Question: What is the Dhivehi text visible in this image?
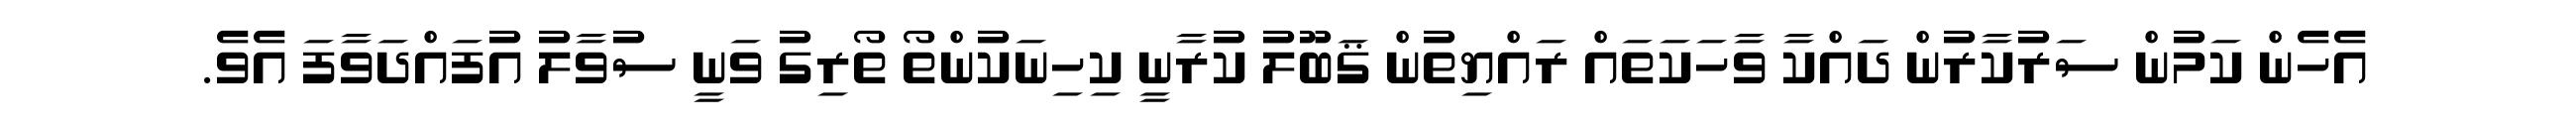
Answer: އެހެން ކަމުން ސަރުކާރުން ދައްކާ ވާހަކަތައް ރައްޔިތުން ޤަބޫލު ކުރާނީ ކިހިނަކުންތޯ ތޯރިގު ވަނީ ސުވާލު އުފައްދަވާފަ އެވެ.